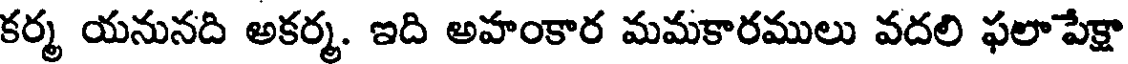
కర్మ యనునది అకర్మ. ఇది అహంకార మమకారములు వదలి ఫలాపేక్షా